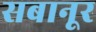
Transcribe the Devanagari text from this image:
सबानूर